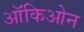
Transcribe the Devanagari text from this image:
ऑकिओन